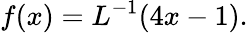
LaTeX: f(x)=L^{-1}(4x-1).